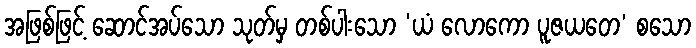
အဖြစ်ဖြင့် ဆောင်အပ်သော သုတ်မှ တစ်ပါးသော ‘ယံ လောကော ပူဇယတေ’ စသော